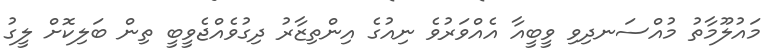
މައުލޫމާތު މުއްސަނދިވި ވީބީއާ އެއްވަރުވެ ނިއުގެ އިންތިޒާރު ދިގުވެއްޖެވީބީ ތިން ބަލިކޮށް ލީގު